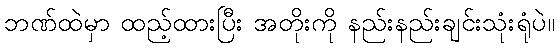
ဘဏ်ထဲမှာ ထည့်ထားပြီး အတိုးကို နည်းနည်းချင်းသုံးရုံပဲ။